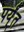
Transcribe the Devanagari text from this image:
पर्य्ंत